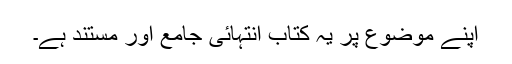
اپنے موضوع پر یہ کتاب انتہائی جامع اور مستند ہے۔